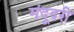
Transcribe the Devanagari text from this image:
मंदूदरी